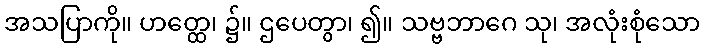
အသပြာကို။ ဟတ္ထေ၊ ၌။ ဌပေတွာ၊ ၍။ သဗ္ဗဘာဂေ သု၊ အလုံးစုံသော